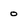
Character: 0